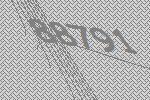
88791